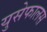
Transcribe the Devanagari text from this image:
युसेफालस